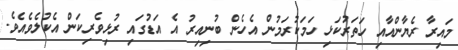
މައިރާ ރެޔާންއާއި ހަތަރުކަޅި ހަމަކުރަމުން އެހެން ބުނިއިރު އެ އަޑުގައި ރުޅިވެރިކަން އެކުލެވެއެވެ.